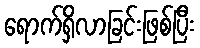
ရောက်ရှိလာခြင်းဖြစ်ပြီး